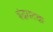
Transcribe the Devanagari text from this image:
इंद्रतटक